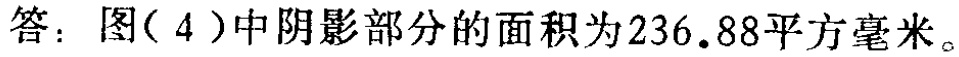
答：图（4）中阴影部分的面积为236.88平方毫米。